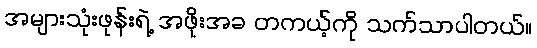
အများသုံးဖုန်းရဲ့ အဖိုးအခ တကယ့်ကို သက်သာပါတယ်။